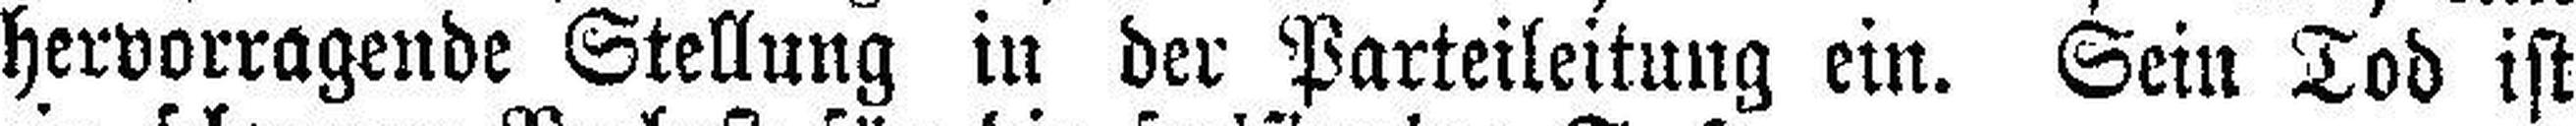
hervorragende Stellung in der Parteileitung ein. Sein Tod ist